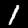
Digit: 1